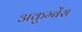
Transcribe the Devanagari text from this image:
अकुम्बेंस